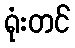
ရုံးတင်